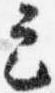
定